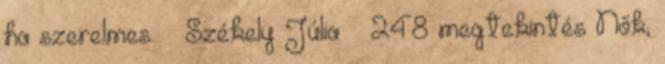
ha szerelmes. Székely Júlia 248 megtekintés Nők,